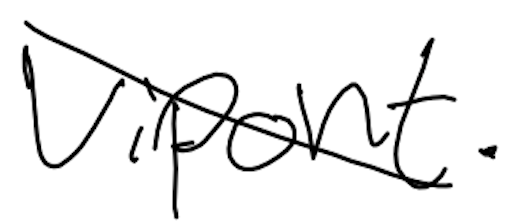
Text: Vipont.
Cross-out: diagonal
Writing tool: digital_black